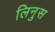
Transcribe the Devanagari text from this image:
लिनुस